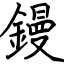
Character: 鏝